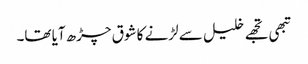
تبھی تجھے خلیل سے لڑنے کا شوق چڑھ آیا تھا۔